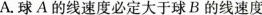
A.球A的线速度必定大于球B的线速度